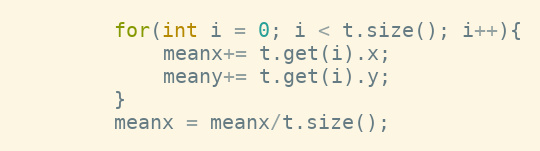
Language: Java
		for(int i = 0; i < t.size(); i++){
			meanx+= t.get(i).x;
			meany+= t.get(i).y;
		}
		meanx = meanx/t.size();